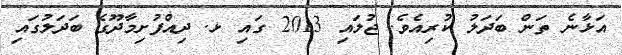
އަޅާނެ ތަން ބަދަލު ކުރިއެވެ. ޖުލައި 2013 ގައި ޅ. ދިއްފުށިމާދޫގެ ބަދަލުގައި